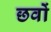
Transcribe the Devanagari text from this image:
छवों